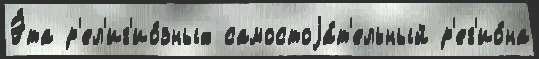
Э́та р'ел'иг'ио́зных самостоjа́т'ельный р'ег'ио́на